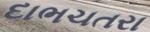
દાભચતરા